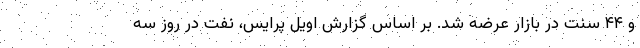
و ۴۴ سنت در بازار عرضه شد. بر اساس گزارش اویل پرایس، نفت در روز سه